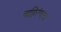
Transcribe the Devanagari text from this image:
बहिरंगता